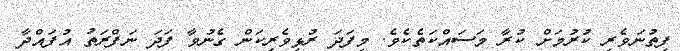
ފިތުނަވެރި ކުރުމަށް ކުރާ މަސައްކަތެކެވެ. މިފަދަ ރުޅިވެރިކަން ގެނުވާ ފަދަ ނަފްރަތު އުފައްދާ